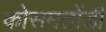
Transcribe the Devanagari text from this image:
कोसमतोंडी